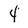
Character: 4